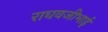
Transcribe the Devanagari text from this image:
राघवजीभाई